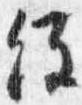
経